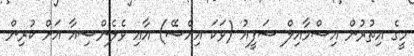
މީގެ އިތުރުން އިސްމާއިލް ޝަފީއު (ވަކަ އިއްސޭ) އާއި ވެލެންސިއާ އަށް ކުރިން